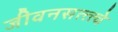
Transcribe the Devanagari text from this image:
जीवनसत्त्त्वे